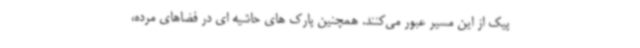
پیک از این مسیر عبور می‌کنند. همچنین پارک های حاشیه ای در فضاهای مرده،